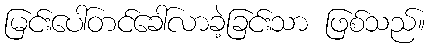
မြင်းပေါ်တင်ခေါ်လာခဲ့ခြင်းသာ ဖြစ်သည်။